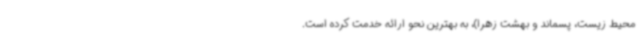
محیط زیست، پسماند و بهشت زهرا)، به بهترین نحو ارائه خدمت کرده است.